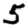
Digit: 5